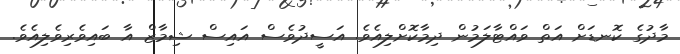
މާދުގެ ކޮނޑަށް އަތް ވައްޓާލަމުން ދިމާކޮށްލިއެވެ. އަސީދުވެސް އައިސް ޝިމާޒް އާ ބައިވެރިވެލިއެވެ.